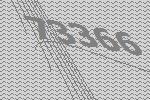
73366